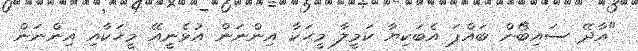
"އާދޭ ސައިބޯން ބައްޕަ އެބަކިޔާ ކަމީލާ މީހަކާ އިންނަން އުޅެނީއޭ މީހަކާއި އިންނަން